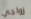
زواجي